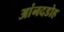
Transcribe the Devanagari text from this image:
आंनदडोह